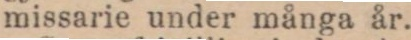
missarie under många år.